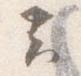
云